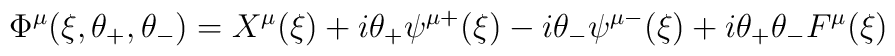
\Phi ^{\mu }(\xi ,\theta _{+},\theta _{-})=X^{\mu }(\xi )+i\theta _{+}\psi^{\mu +}(\xi )-i\theta _{-}\psi ^{\mu -}(\xi )+i\theta _{+}\theta _{-}F^{\mu}(\xi )